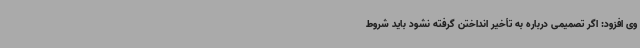
وی افزود: اگر تصمیمی درباره به تأخیر انداختن گرفته نشود باید شروط